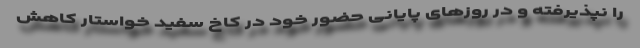
را نپذیرفته و در روزهای پایانی حضور خود در کاخ سفید خواستار کاهش